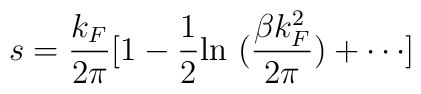
s = {k_F \over 2\pi}[1 - {1\over 2} {\rm ln}~({\beta k_F^2 \over 2 \pi})+ \cdots]